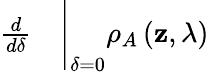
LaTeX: \begin{array}{rl}{\frac{d}{d\delta}}&{{}\Bigg\vert_{\delta=0}\rho_{A}\left(\mathbf{z},\lambda\right)}\end{array}